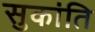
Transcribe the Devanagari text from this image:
सुकांति